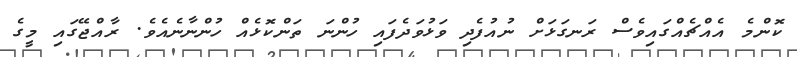
ކޮންމެ އެއްޗެއްގައިވެސް ރަނގަޅަށް ނުއުފެދި ވަޅުވަދެފައި ހުންނަ ތަންކޮޅެއް ހުންނާނެއެވެ. ރާއްޖޭގައި މީގެ